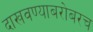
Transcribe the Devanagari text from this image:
दाखवण्याबरोबरच